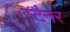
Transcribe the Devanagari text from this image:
स्टैनर